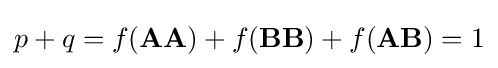
p+q=f(\mathbf {AA} )+f(\mathbf {BB} )+f(\mathbf {AB} )=1